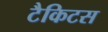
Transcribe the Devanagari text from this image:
टैकिटस